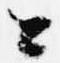
公